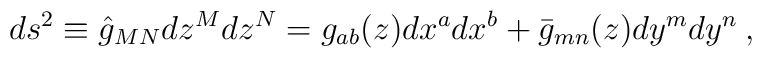
ds^{2} \equiv \hat{g}_{MN} dz^{M}dz^{N} = g_{ab}(z) dx^{a}dx^{b} +\bar{g}_{mn}(z)dy^{m}dy^{n} \: ,